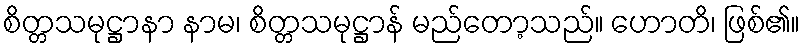
စိတ္တသမုဋ္ဌာနာ နာမ၊ စိတ္တသမုဋ္ဌာန် မည်တော့သည်။ ဟောတိ၊ ဖြစ်၏။